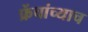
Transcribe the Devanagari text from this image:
फ्रेंचांच्याच